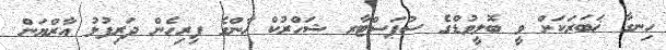
ހިނގާ ޚަބަރަކަށް ވީ ބޮލީވުޑްގެ ސުޕަސްޓާރ ޝަހްރުކް ޚާންގެ ފިރިހެން ދަރިފުޅު އާރްޔަން